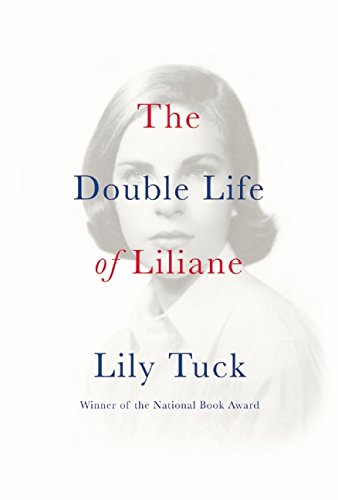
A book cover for The Double Life of Liliane; Lily Tuck; Literature & Fiction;